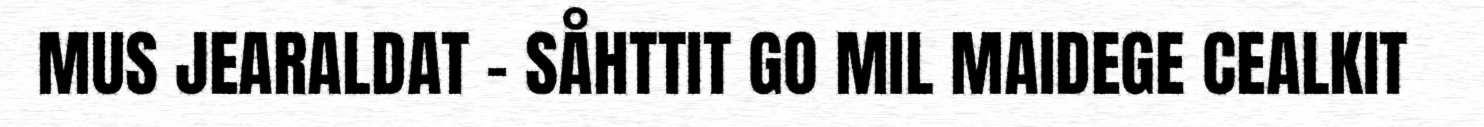
MUS JEARALDAT - SÅHTTIT GO MIL MAIDEGE CEALKIT